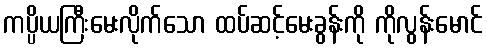
ကပ္ပိယကြီးမေးလိုက်သော ထပ်ဆင့်မေးခွန်းကို ကိုလွန်းမောင်